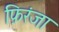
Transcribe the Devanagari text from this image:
फ़िरंजा